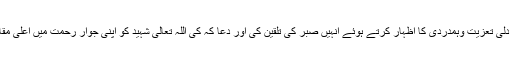
رابطہ کمیٹی نے محمداقبال شہیدکے سوگوار لواحقین سے دلی تعزیت وہمدردی کا اظہار کرتے ہوئے انہیں صبر کی تلقین کی اور دعا کہ کی اللہ تعالیٰ شہید کو اپنی جوار رحمت میں اعلیٰ مقام عطا فرمائے اور سوگواران کو صبر جمیل عطافرمائے۔